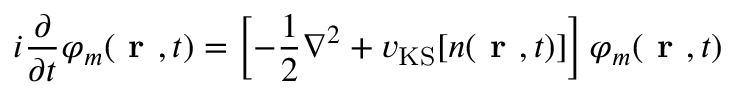
i \frac { \partial } { \partial t } \varphi _ { m } ( \textbf { r } , t ) = \left[ - \frac { 1 } { 2 } \nabla ^ { 2 } + v _ { \mathrm { K S } } [ n ( \textbf { r } , t ) ] \right] \varphi _ { m } ( \textbf { r } , t )